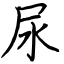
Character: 尿